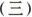
(三)